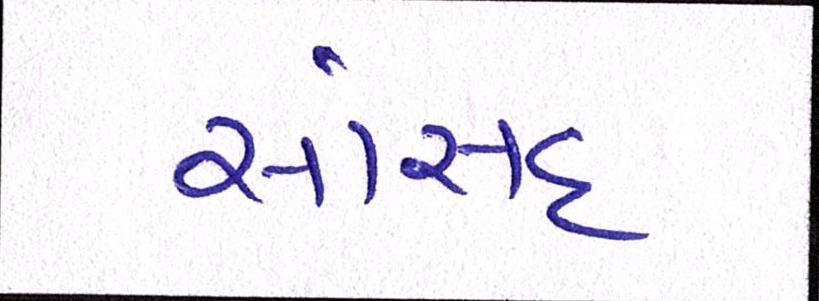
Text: સાંસદ